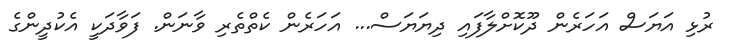
ރުޅި އަޔަސް އަހަރެން ދޫކޮށްލާފައި ދިޔަޔަސް... އަހަރެން ކެތްތެރި ވާނަން. ފަވާދަކީ އެކުދީންގެ